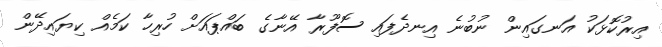
އިރުކޮޅަކު އަނގައިން ނުބުނެ އިނދެފައި ސޮފޫރާ އޭނާގެ ބައްޕައަށް ހުރިހާ ކަމެއް ކިޔައިދޭން